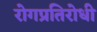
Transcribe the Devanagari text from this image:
रोगप्रतिरोधी